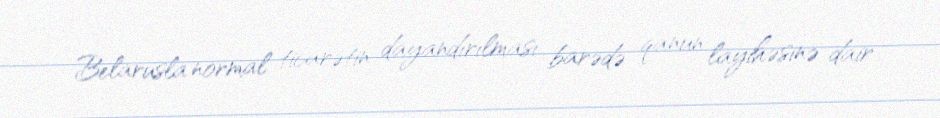
Belarusla normal ticarətin dayandırılması barədə qanun layihəsinə dair